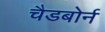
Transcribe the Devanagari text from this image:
चैडबोर्न